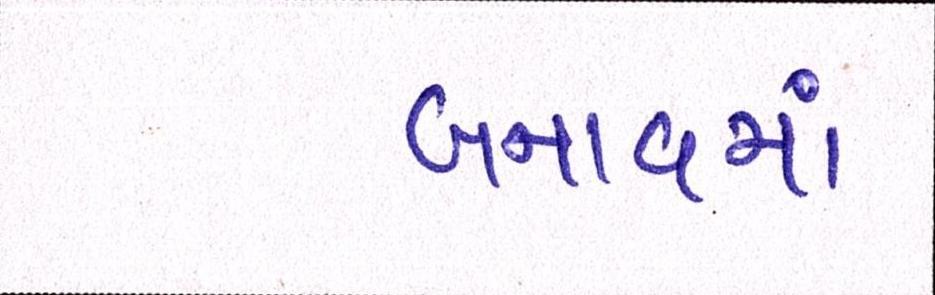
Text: બનાવમાં